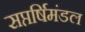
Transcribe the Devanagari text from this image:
सप्तर्षिमंडल